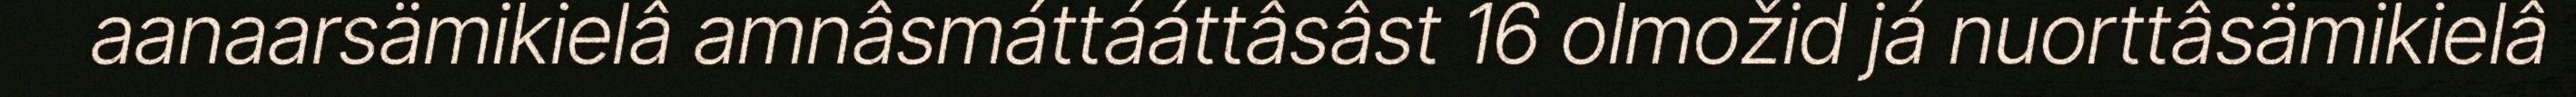
aanaarsämikielâ amnâsmáttááttâsâst 16 olmožid já nuorttâsämikielâ